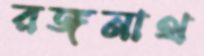
রঙ্গনাথ